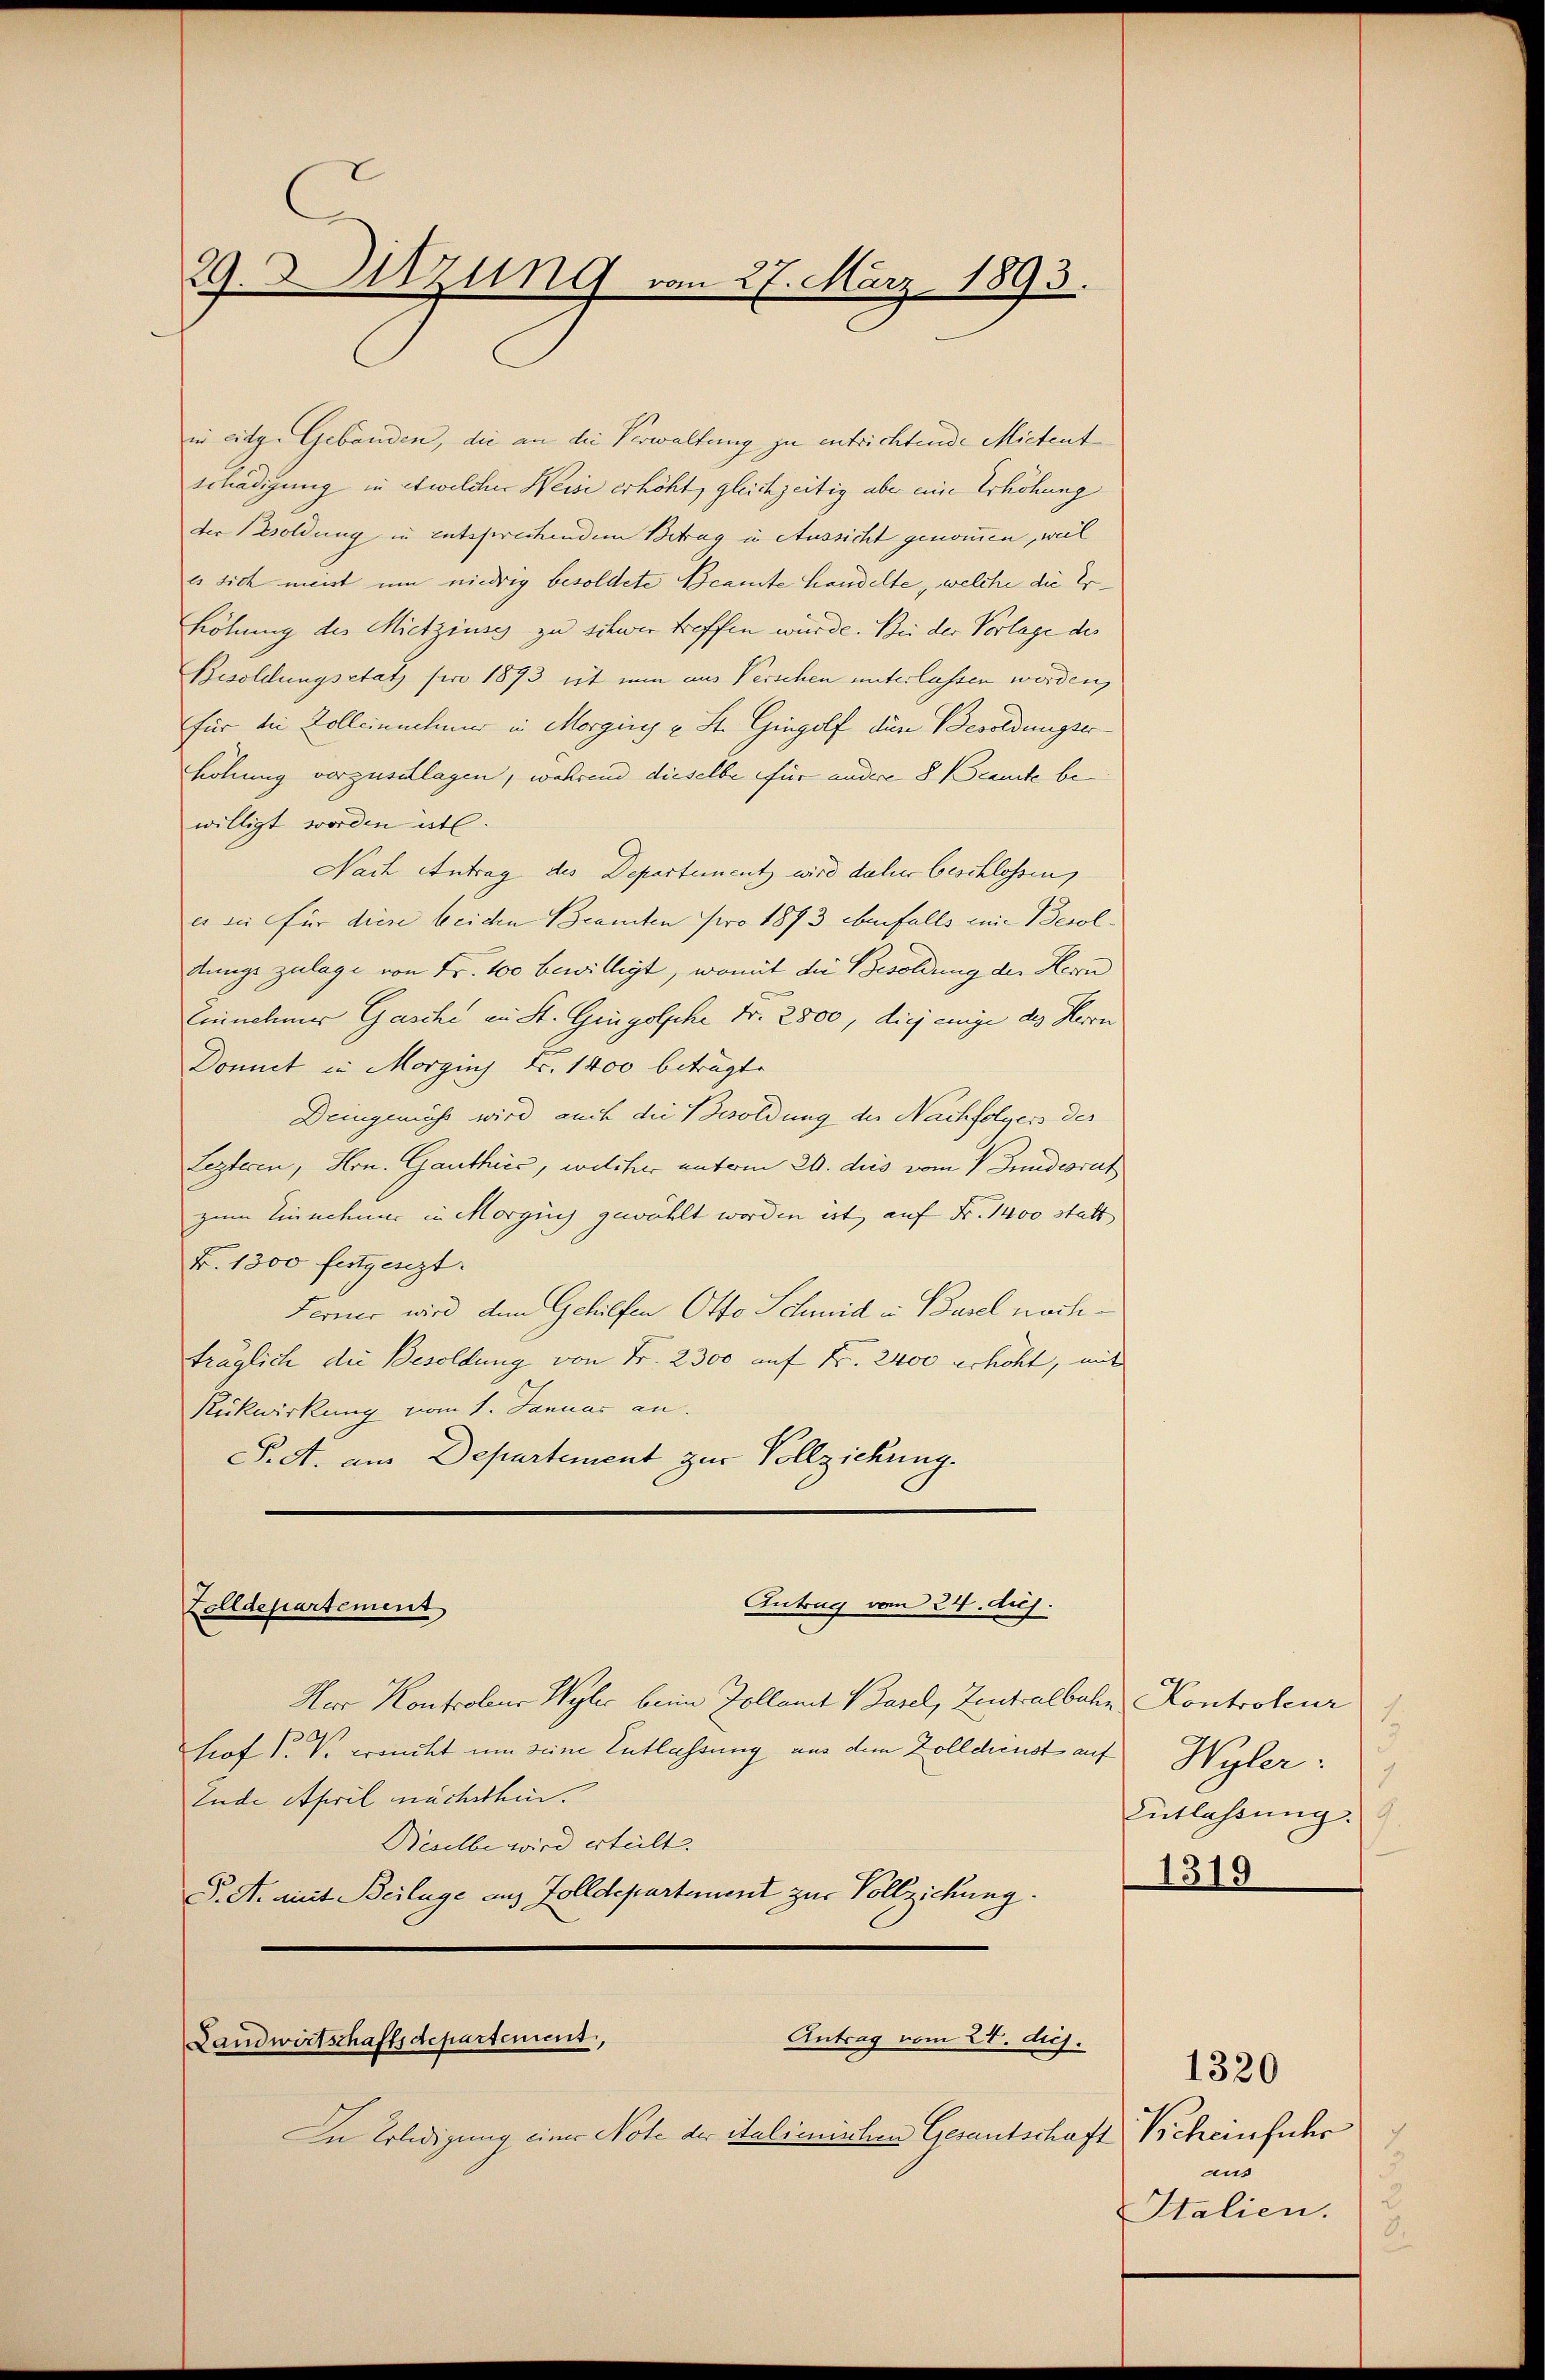
29. Sitzung vom 27. März 1893.

in eidg. Gebäuden, die an die Verwaltung zu entrichtende Mietent
schädigung in etwelcher Weise erhöht, gleichzeitig aber eine Erhöhung
der soldung in entsprechendem Betrag in Aussicht genommen, weil
es sich meist um niedrig besoldete Beamte Handelte, welche die Er¬
Löhnung des Mietzinse zu schwer treffen würde. Bei der Vorlage des
Besoldungsetat pro 1893 ist nun aus Verschen unterlassen werden,
für die Kolleinnehmer in Morging u St. Gingolf den Besoldungserhöhung vorzuschlagen, während dieselbe für andere 8 Beamte be
willigt worden ist.
Nach Antrag des Departement wird daher beschlossen,
es sei für diese beiden Beamten pro 1873 ebenfalls eine Besoldungs zulage von Fr. 100 bewilligt, womit die Besoldung der Herrn
Einnehmer Gasche an St. Gregolphe Fr. 2800, diejenige des Herrn
Domit in Morging Fr. 1400 betragte
Deingemäß wird auch die Besoldung der Nachfolger der
Lezteren, Hrn. Ganthier, welcher unterm 20. dies vom 1. Jundesrat
zum Einschnur in Morgens gewählt worden ist, auf Fr. 1400 statt
F. 1300 festgesezt.
Ferner wird dem Gehilfen Otto Schmid in Basel nochträglich die Besoldung von Fr. 2300 auf Nr. 2400 erhöht, mit
Rückwirkung vom 1. Januar an.
S. A. am Departement zur Vollziehung.
Antrag vom 24. huj.
Zolldepartement
Herr Kontrolen Wyler beim Zollamt Basel, Zentralbahn Kontroleur
Prof. P. V. erricht um seine Entlassung an dem Zolldienst auf Wyler:
Ende April nächsthin.
Beselbe wird erteilt.
. A. Mit Beilage aus Zolldepartement zur Vollziehung.

In Erledigung einer Note der Italienischen Gesantschaft Scheinfuhr

Antrag vom 27. dies.
Landwirtschaftsdepartement,

1
Entlassung.
1319

1320
2
and
Italien.
8.